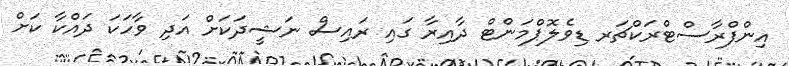
އިންފްރާސްޓްރަކްޗަރ ޑިވެލޮޕްމަންޓް ދާއިރާ ގައި ރައިސް ނަޝީދަކަށް އަދި ވާހަކަ ދައްކާ ކަށް